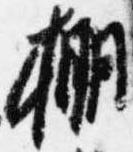
棚